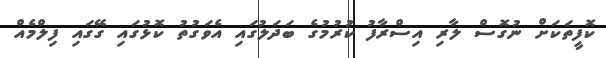
ކޮފީތަކަށް ނުގޮސް ލާރި އިސްރާފު ކުރުމުގެ ބަދަލުގައި އެވަގުތު ކޮޅުގައި ގޭގައި ފިލްމެއް